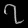
Digit: ၇